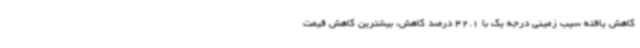
کاهش یافته سیب زمینی درجه یک با 42.1 درصد کاهش، بیشترین کاهش قیمت